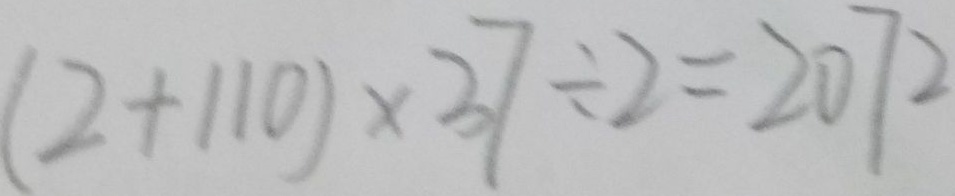
( 2 + 1 1 0 ) \times 3 7 \div 2 = 2 0 7 2